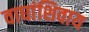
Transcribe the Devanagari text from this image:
वाघांशिवाय